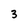
Character: 3